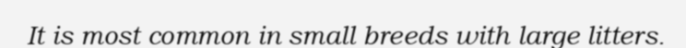
It is most common in small breeds with large litters.